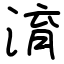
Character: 淯